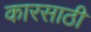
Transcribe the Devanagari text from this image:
कारसाठी